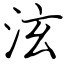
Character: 泫